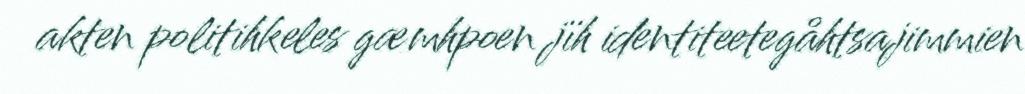
akten politihkeles gæmhpoen jïh identiteetegåhtsajimmien